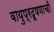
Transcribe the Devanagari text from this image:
वायुप्रदूषणाची